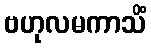
ဗဟုလမကာသိံ